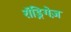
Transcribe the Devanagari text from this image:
रॉड्रिगेज़